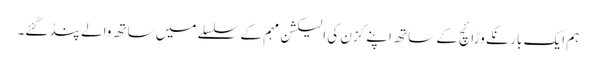
ہم ایک بار نکے وڑائچ کے ساتھ اپنے کزن کی الیکشن مہم کے سلسلے میں ساتھ والے پنڈ گئے۔